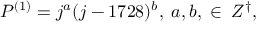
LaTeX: { \cal P } ^ { ( 1 ) } = j ^ { a } ( j - 1 7 2 8 ) ^ { b } , \; a , b , \; \in \; Z ^ { \dagger } ,